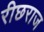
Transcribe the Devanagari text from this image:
रीछराज